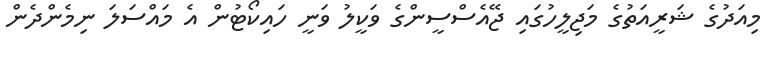
މިއަދުގެ ޝަރީއަތުގެ މަޖިލީހުގައި ޖޭއެސްސީންގެ ވަކީލު ވަނީ ހައިކޯޓުން އެ މައްސަލަ ނިމެންދެން